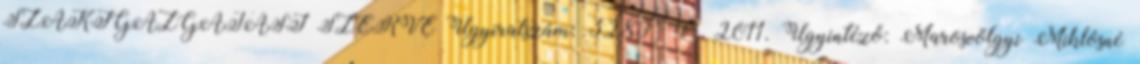
SZAKIGAZGATÁSI SZERVE Ügyiratszám: 3289 4 2011. Ügyintéző: Marosvölgyi Miklósné